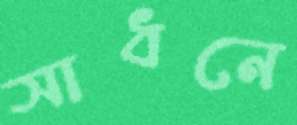
সাধনে